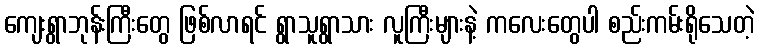
ကျေးရွာဘုန်းကြီးတွေ ဖြစ်လာရင် ရွာသူရွာသား လူကြီးများနဲ့ ကလေးတွေပါ စည်းကမ်းရိုသေတဲ့